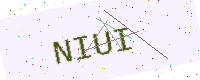
Text: NIUI